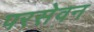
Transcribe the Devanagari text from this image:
परसेवन